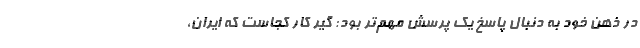
در ذهن خود به دنبال پاسخ یک پرسش مهم‌تر بود: گیر کار کجاست که ایران،